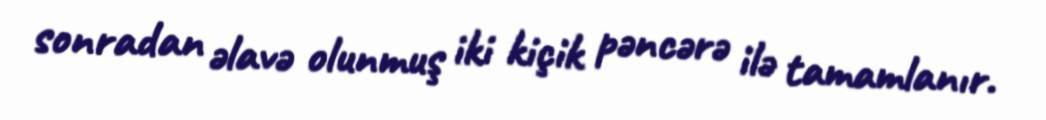
sonradan əlavə olunmuş iki kiçik pəncərə ilə tamamlanır.